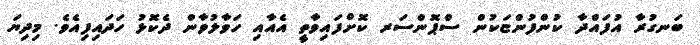
ބަނގުރާ އުފައްދާ ކުންފުންޏަކުން ސްޕޮންސަރ ކޮށްފައިވާތީ އެއާއި ހަވާލުވާން ދެކޮޅު ހަދައިފިއެވެ. މިދިޔަ